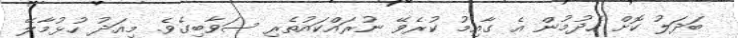
ބަދަލު ކޮށް ހެދުމުން އެ ގާއިމު ކުރެވޭ ނުރައްކައުތެރި ސަވާބިގެވެ. މިއަދު ހުޅުމާލޭ